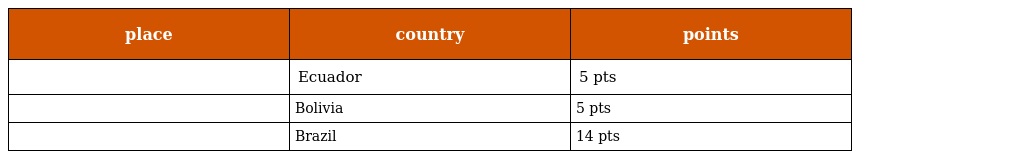
| place | country | points |
 | --- | --- | --- |
 |  | Ecuador | 5 pts |
 |  | Bolivia | 5 pts |
 |  | Brazil | 14 pts |